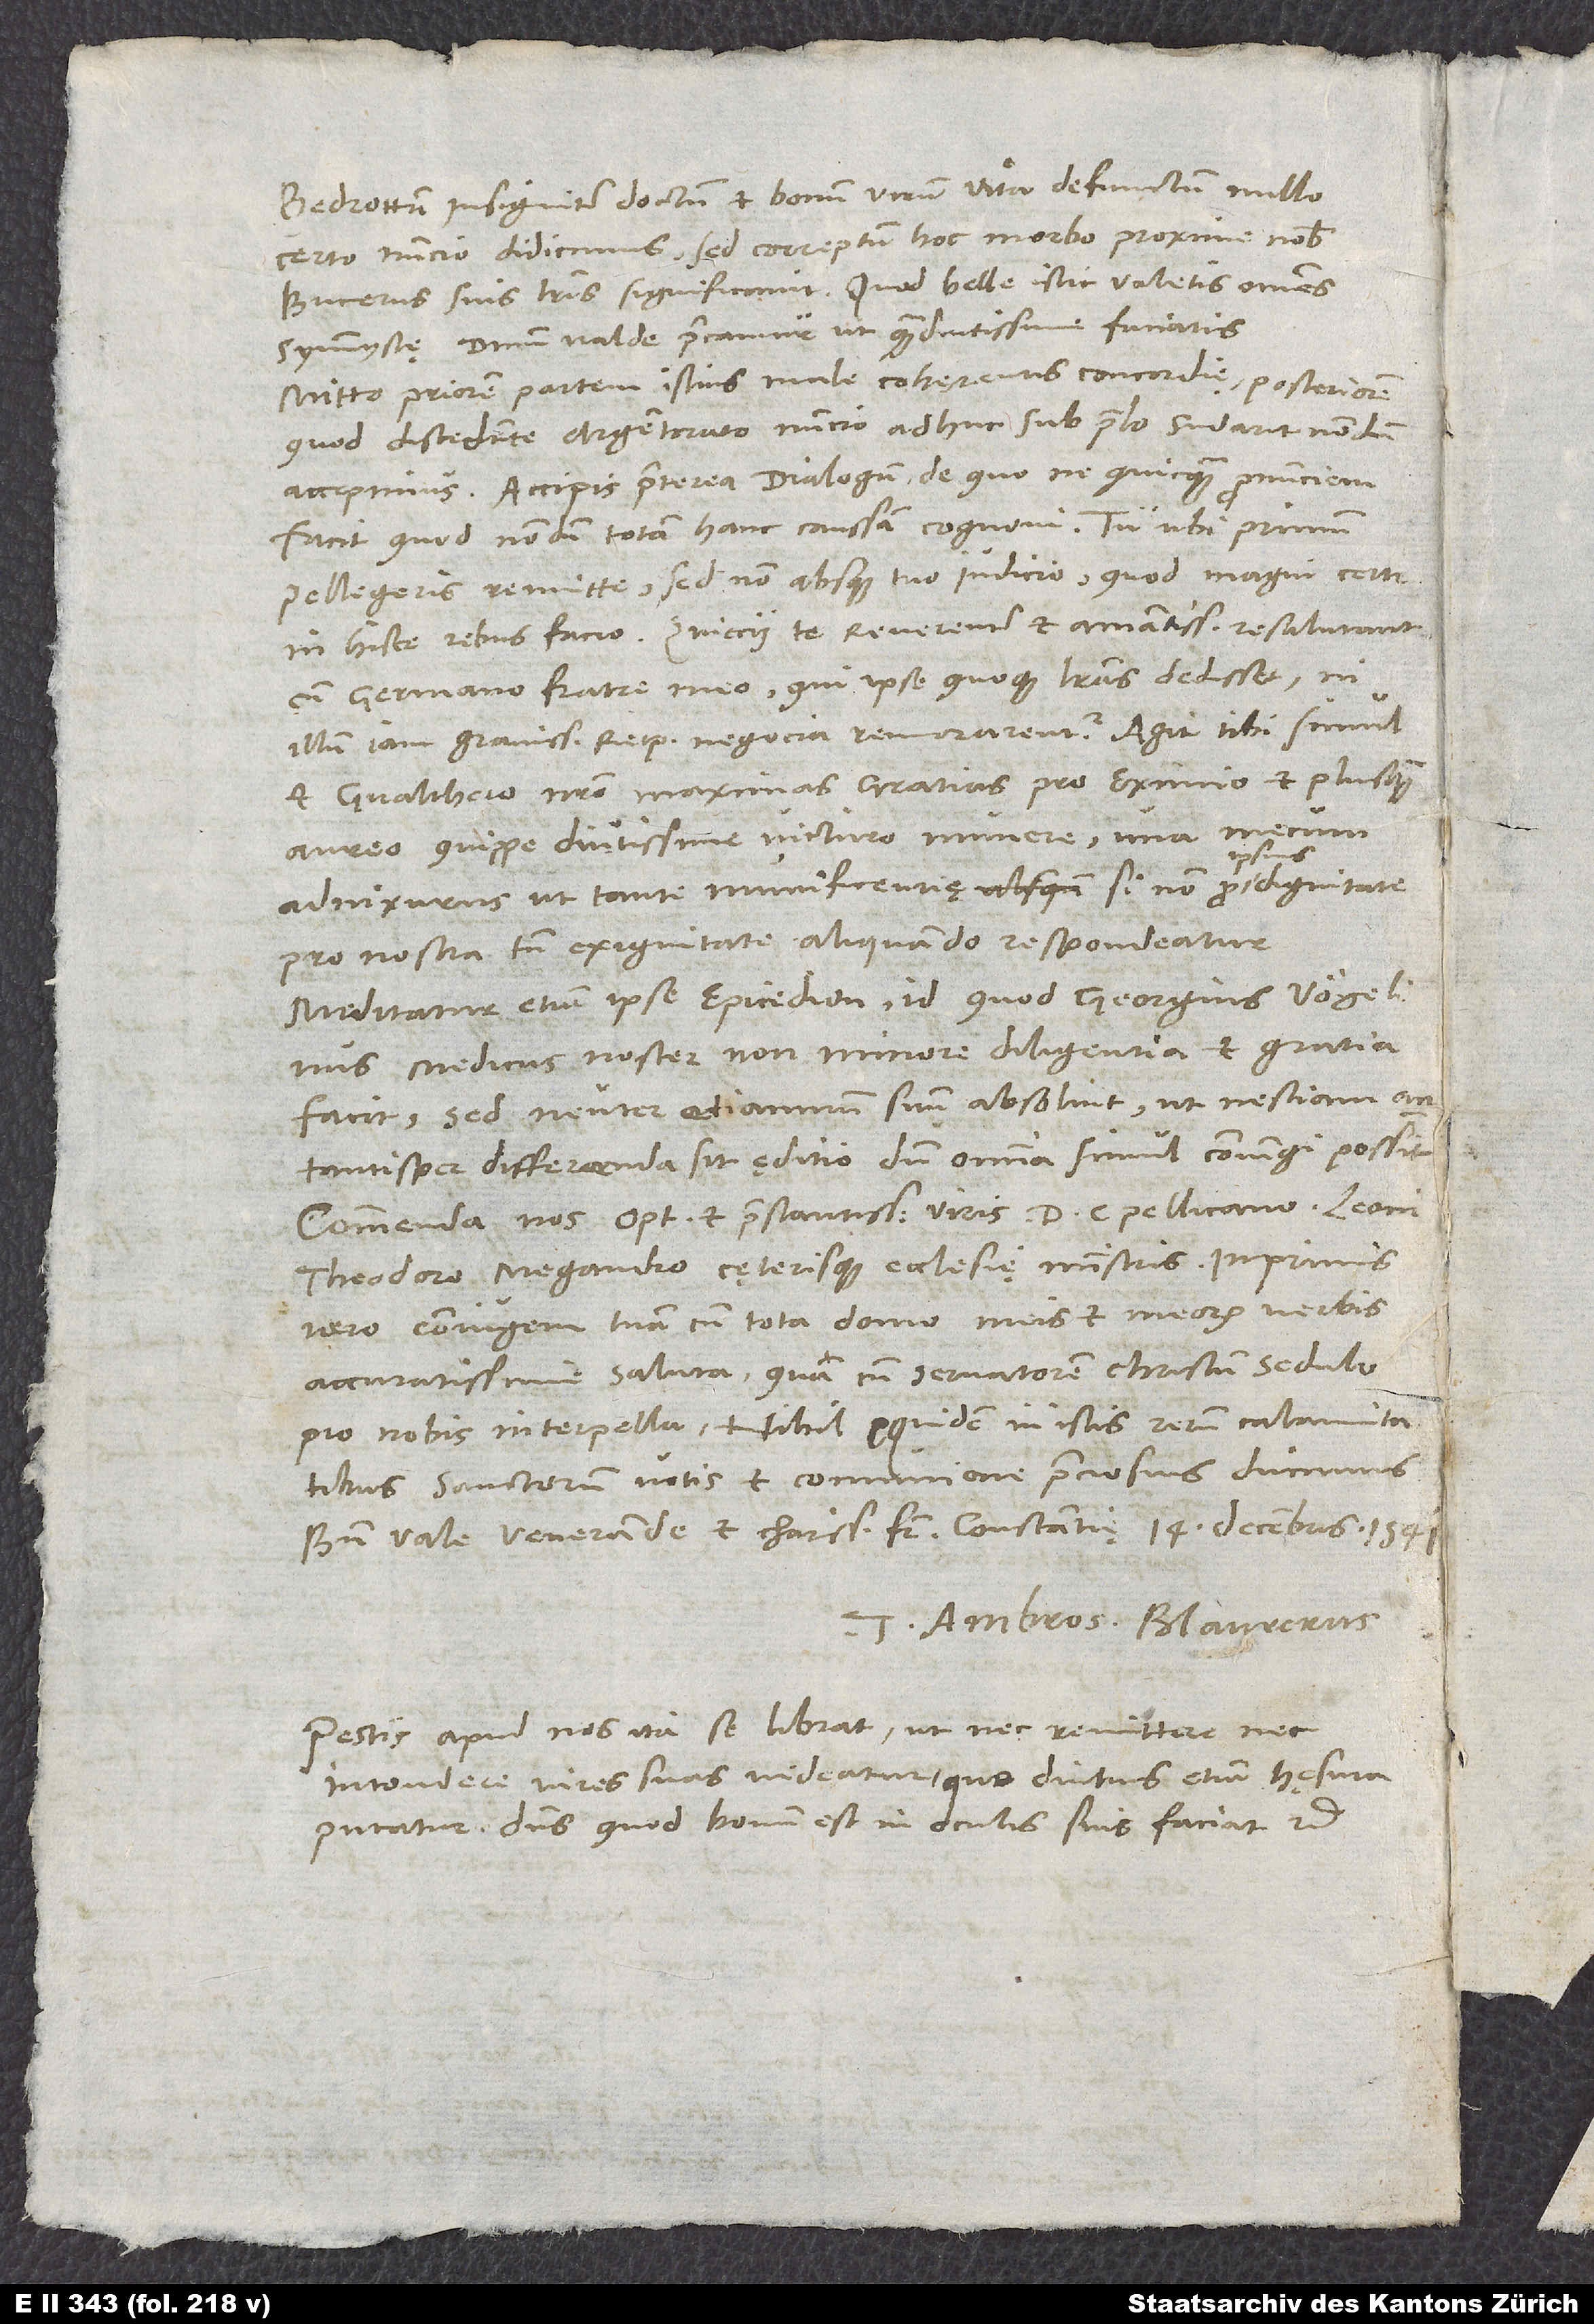
Bedrottum, insigniter doctum et bonum virum, vita defunctum nullo
certo nuncio didicimus; sed correptum hoc morbo proxime nobis
Bucerus suis literis significavit. Quod belle istic valetis omnes
symmystę, dominum valde precamur, ut quam diutissime faciatis.
Mitto priorem partem istius male cohęrentis concordię; posteriorem,
quod discedente Argentorato nuncio adhuc sub prelo sudarit, nondum
Accipis praeterea dialogum, de quo ne quicquam pronunciem,
facit, quod nondum totam hanc caussam cognovi. Tu ubi primum
pellegeris, remitte, sed non absque tuo iudicio, quod magni certe
cum germano fratre meo, qui ipse quoque literas dedisset, ni
illum iam gravissima reipublicae negotia remorarentur. Agit tibi, simul
et Gvalthero nostro maximas gratias pro eximio et plusquam
aureo, quippe diutissime victuro munere una mecum
adnixurus, ut tante munificentię, si non pro ipsius dignitate,
pro nostra tamen exiguitate aliquando respondeatur.
Meditatur etiam ipse epicedion, id quod Georgius Vögelinus,
medicus noster, non minore diligentia et gratia
facit; sed neuter etiamnum suum absolvit, ut nesciam, an
tantisper differenda sit ęditio, dum omnia simul coniungi possint.
Commenda nos optimis et praestantissimis viris d. C Pellicano, Leoni,
Theodoro, Megandro cęterisque ecclesię ministris, inprimis
vero coniugem tuam cum tota domo meis et meorum verbis
accuratissime saluta, quacum servatorem Christum sedulo
pro nobis interpella. Nihil equidem in istis rerum calamitatibus
sanctorum votis et communione preciosius ducimus.
Tuus Ambros. Blaurerus.
Pestis apud nos ita se librat, ut nec remittere nec
intendere vires suas videatur, quo diutius etiam hęsura
putatur. Dominus, quod bonum est in oculis suis, faciat etc.